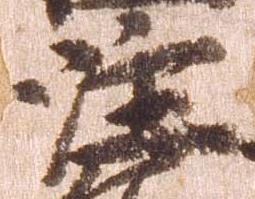
注